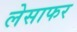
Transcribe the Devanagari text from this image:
लेसाफर